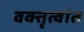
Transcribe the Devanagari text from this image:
वक्तृत्वांत